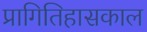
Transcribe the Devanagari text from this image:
प्रागितिहासकाल